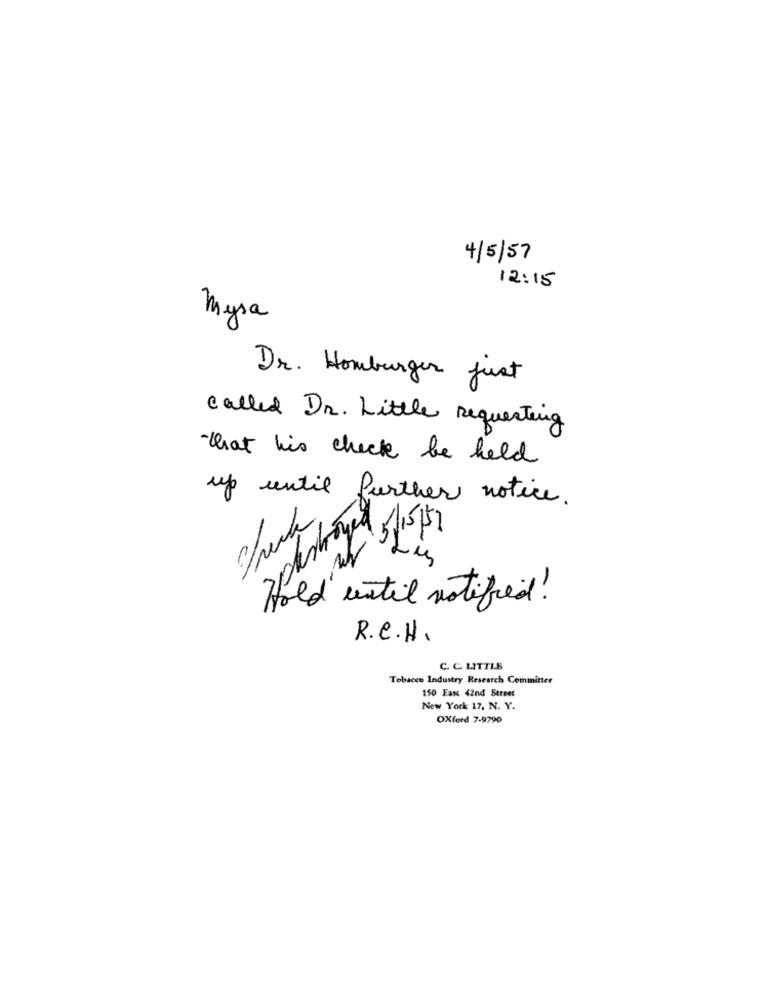
4/5/57
12:15
mysa
Dr. Homburger Just
called Dr. Little Requesting
that his check be held
up until further notice.
old until notified!
R.C.H.
C. C. LITTLE
Tobacco Industry Research Committee
150 East 42nd Street
New York 17, N. Y.
Oxford 7-9790